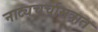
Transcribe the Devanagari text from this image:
नाट्यचर्चासत्रात